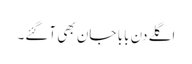
اگلے دن بابا جان بھی آگئے۔